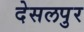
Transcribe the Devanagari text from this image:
देसलपुर